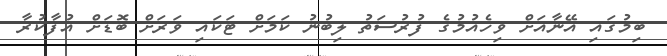
ބިމުގައި އޭނާއަށް ވިހެއުމުގެ ފުރުސަތު ލިބުނު ކަމަށް ޓަކައި ވަރަށް ބޮޑަށް އުފާކުރާ